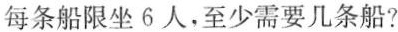
每条船限坐6人，至少需要几条船?